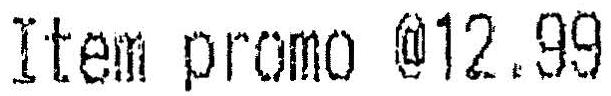
ITEM PROMO @12.99